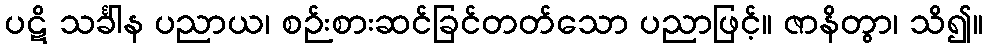
ပဋိ သင်္ခါန ပညာယ၊ စဉ်းစားဆင်ခြင်တတ်သော ပညာဖြင့်။ ဇာနိတွာ၊ သိ၍။